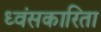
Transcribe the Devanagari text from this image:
ध्वंसकारिता